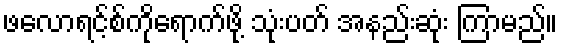
ဖလောရင့်စ်ကိုရောက်ဖို့ သုံးပတ် အနည်းဆုံး ကြာမည်။